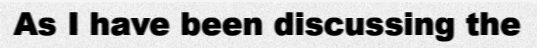
As I have been discussing the